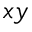
x y